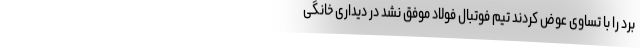
برد را با تساوی عوض کردند تیم فوتبال فولاد موفق نشد در دیداری خانگی